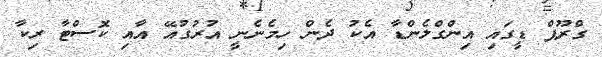
ގްރޫޕް ޑީގައި އިންގްލެންޑާ އެކު ދެން ހިމެނެނީ އުރުގުއޭ އާއި ކޮސްޓާ ރިކާ